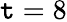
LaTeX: \mathtt{t}=8